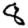
Digit: 8